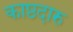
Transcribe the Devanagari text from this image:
काष्ठदारु